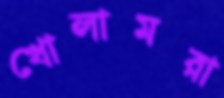
খোলামরা